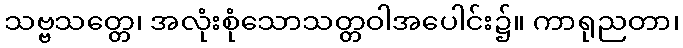
သဗ္ဗသတ္တေ၊ အလုံးစုံသောသတ္တဝါအပေါင်း၌။ ကာရုညတာ၊